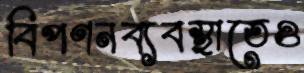
বিপণনব্যবস্থাতেও